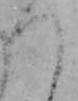
つ